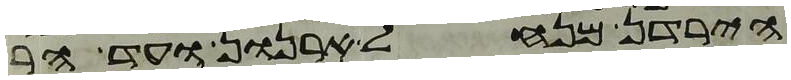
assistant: הירדן מנחל ארנן ועד הר